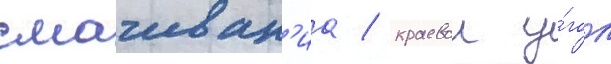
смачиван'иа / краевои у́гол